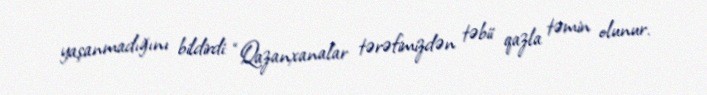
yaşanmadığını bildirdi: “Qazanxanalar tərəfimizdən təbii qazla təmin olunur.